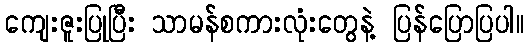
ကျေးဇူးပြုပြီး သာမန်စကားလုံးတွေနဲ့ ပြန်ပြောပြပါ။